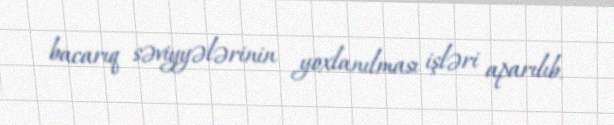
bacarıq səviyyələrinin yoxlanılması işləri aparılıb.